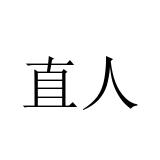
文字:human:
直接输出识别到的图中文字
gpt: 直人